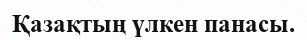
Қазақтың үлкен панасы.